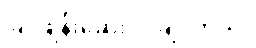
ခြင်ဖျန်းဆေး လိုချင်တယ်။